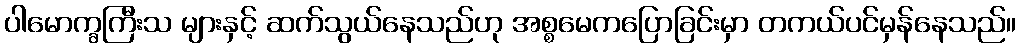
ပါမောက္ခကြီးသ များနှင့် ဆက်သွယ်နေသည်ဟု အစ္စမေကပြောခြင်းမှာ တကယ်ပင်မှန်နေသည်။